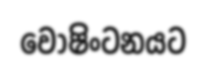
වොෂිංටනයට